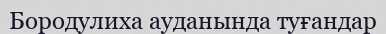
Бородулиха ауданында туғандар